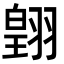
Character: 𮋋